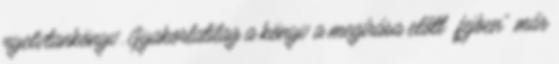
nyelvtankönyv. Gyakorlatilag a könyv a megírása előtt „fejben” már